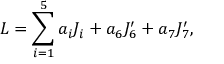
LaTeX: { \cal L } = \sum _ { i = 1 } ^ { 5 } a _ { i } J _ { i } + a _ { 6 } J _ { 6 } ^ { \prime } + a _ { 7 } J _ { 7 } ^ { \prime } ,